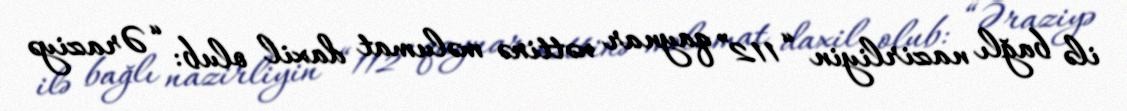
ilə bağlı nazirliyin “112” qaynar xəttinə məlumat daxil olub: “Əraziyə